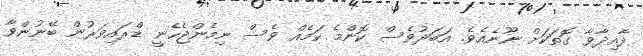
ފާއިދާވާ ގޮތަކަށް ނޫނެއެވެ. އަބަދުވެސް ކޮންމެ ކަމެއް ވެސް ނިމެންޖެހެނީ ޑްރައިވަރުން ބޭނުންވާ